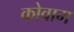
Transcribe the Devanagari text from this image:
कोवाम